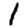
Digit: 1